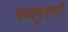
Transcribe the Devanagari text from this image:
मध्वमुरारी